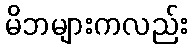
မိဘများကလည်း